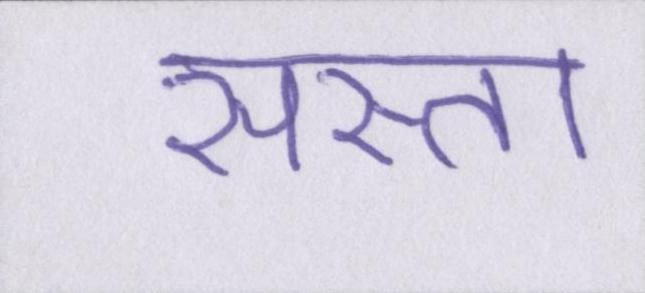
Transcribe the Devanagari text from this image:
सस्ता